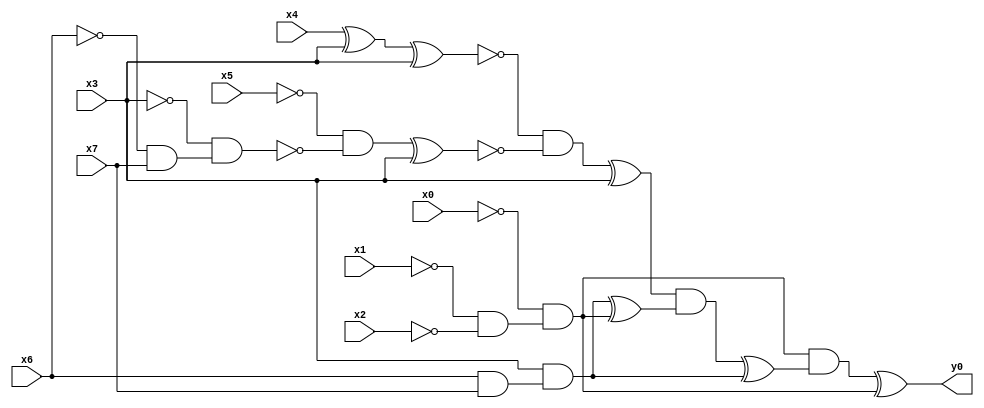
module top( x0 , x1 , x2 , x3 , x4 , x5 , x6 , x7 , y0 );
  input x0 , x1 , x2 , x3 , x4 , x5 , x6 , x7 ;
  output y0 ;
  wire n9 , n10 , n11 , n12 , n13 , n14 , n15 , n16 , n17 , n18 , n19 , n20 , n21 , n22 , n23 , n24 , n25 ;
  assign n9 = ~x1 & ~x2 ;
  assign n10 = ~x0 & n9 ;
  assign n11 = x4 ^ x3 ;
  assign n12 = n11 ^ x3 ;
  assign n13 = ~x6 & x7 ;
  assign n14 = ~x3 & n13 ;
  assign n15 = ~x5 & ~n14 ;
  assign n16 = n15 ^ x3 ;
  assign n17 = ~n12 & ~n16 ;
  assign n18 = n17 ^ x3 ;
  assign n19 = x6 & x7 ;
  assign n20 = x3 & n19 ;
  assign n21 = n20 ^ n10 ;
  assign n22 = n18 & n21 ;
  assign n23 = n22 ^ n20 ;
  assign n24 = n10 & n23 ;
  assign n25 = n24 ^ n10 ;
  assign y0 = n25 ;
endmodule